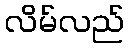
လိမ်လည်